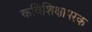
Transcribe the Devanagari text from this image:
कविशिक्षापरक